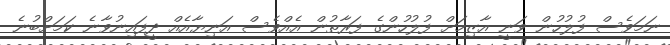
ނަމަވެސް ފުލުހުން ވަނީ އާޒިމަށް ފުލުހުންގެ ފަރާތުން އެއްވެސް އަނިޔާއެއް ދީފައިނުވާނެ ކަމަށްބުނެ